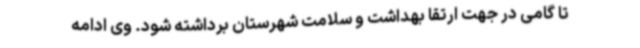
تا گامی در جهت ارتقا بهداشت و سلامت شهرستان برداشته شود. وی ادامه